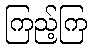
ကြည့်ကြ